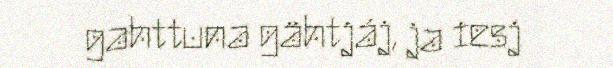
gahttuna gähtjáj, ja iesj